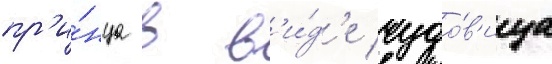
пр'и́нца в в'и́д'е чудо́в'ища